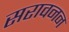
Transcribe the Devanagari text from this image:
सरावनन